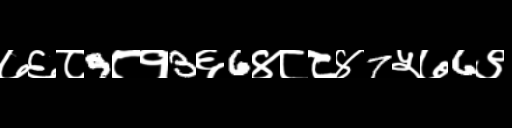
Text: ७६८9८१3६6४८८४7५७6९